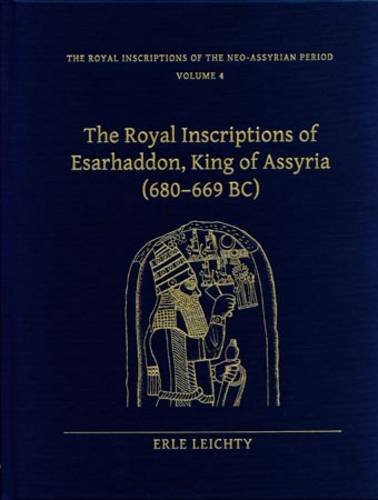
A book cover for Royal Inscriptions of Esarhaddon, King of Assyria 680-699 BC; Erie Leichty; History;